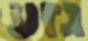
גזע